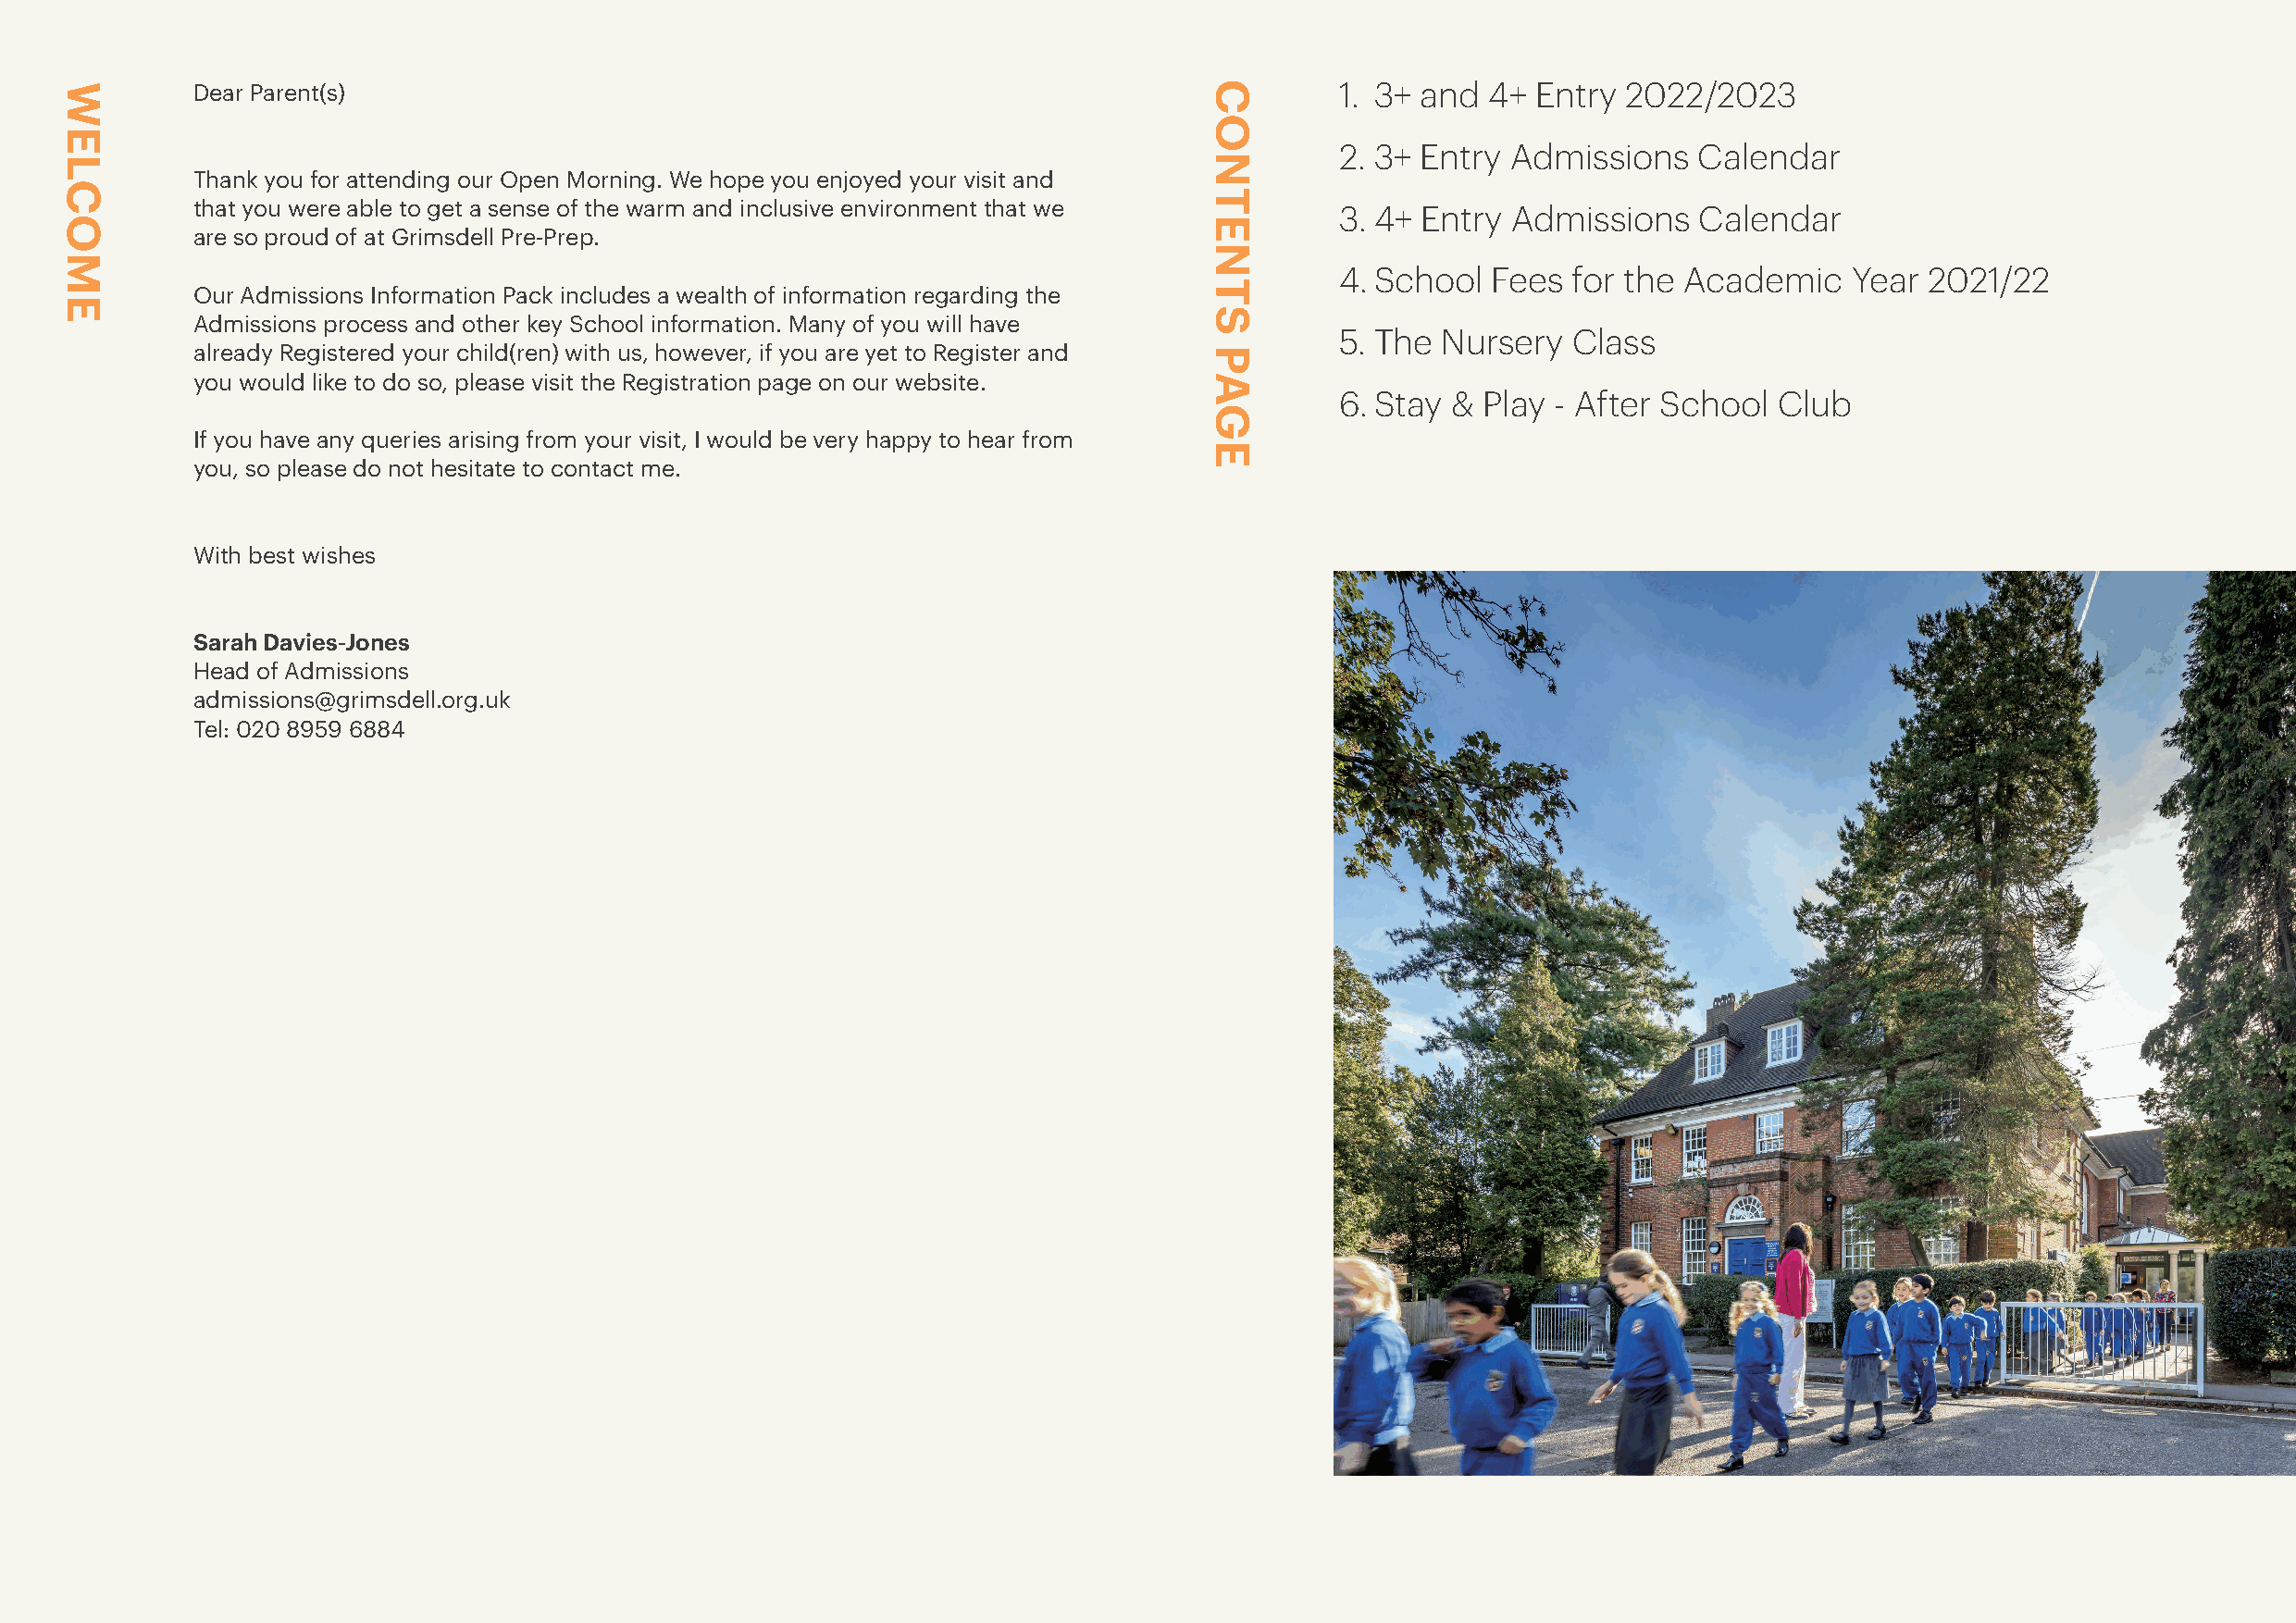
Dear Parent(s)                                                                    1 . 3+ and 4+ Entry 2022/2023
 2. 3+ Entry Admissions   Calendar
 Thank you for attending our Open Morning. We hope you enjoyed your visit and
 that you were able to get a sense of the warm and inclusive environment that we   3. 4+ Entry Admissions    Calendar
 are so proud of at Grimsdell Pre-Prep.
 4. School  Fees for the Academic    Year  2021/22
 Our Admissions Information Pack includes a wealth of information regarding the
 Admissions process and other key School information. Many of you will have
 5. The Nursery  Class
 already Registered your child(ren) with us, however, if you are yet to Register and
 you would like to do so, please visit the Registration page on our website.
 6. Stay & Play - After School  Club
 If you have any queries arising from your visit, I would be very happy to hear from
 you, so please do not hesitate to contact me.
 With best wishes
 Sarah Davies-Jones
 Head of Admissions
 admissions@grimsdell.org.uk
 Tel: 020 8959 6884
 2
 WELCOME                                                                           CONTENTS
 PAGE